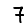
Digit: 7